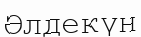
Әлдекүн